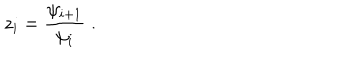
LaTeX: z _ { i } = \frac { \psi _ { i + 1 } } { \psi _ { i } } \; .